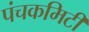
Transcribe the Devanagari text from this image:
पंचकमिटी